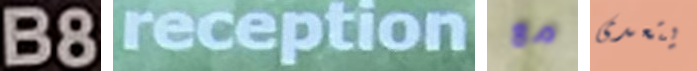
B8 reception مع يتعدى